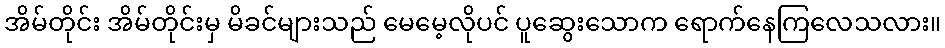
အိမ်တိုင်း အိမ်တိုင်းမှ မိခင်များသည် မေမေ့လိုပင် ပူဆွေးသောက ရောက်နေကြလေသလား။